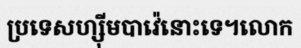
ប្រទេសហ្ស៊ីមបាវ៉េនោះទេ។លោក